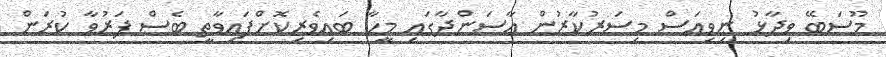
މޫސަބޭ ވިދާޅު ނިވިއަސް މިސަރުކާރުން އާސަންދާގައި މީހާ ބައިވެރިކޮށްފައިވާތީ ބެސް ފަރުވާ ކުރަން